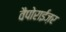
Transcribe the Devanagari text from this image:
वैपोराईज़र